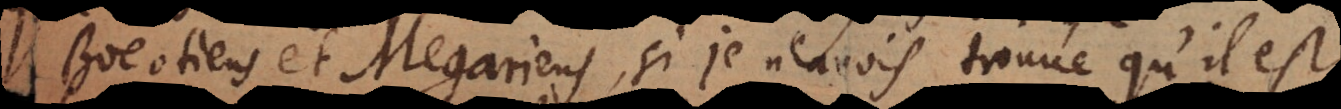
Boeotiens et Megariens, si je n’avois trouvé qu’il est